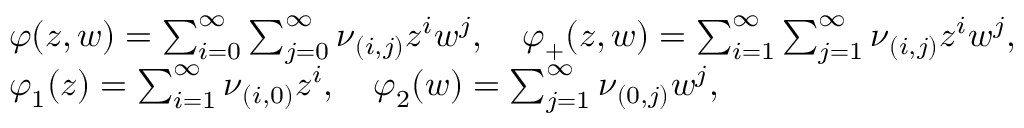
\begin{array} { r l } & { \boldsymbol { \varphi } ( z , w ) = \sum _ { i = 0 } ^ { \infty } \sum _ { j = 0 } ^ { \infty } \boldsymbol { \nu } _ { ( i , j ) } z ^ { i } w ^ { j } , \quad \boldsymbol { \varphi } _ { + } ( z , w ) = \sum _ { i = 1 } ^ { \infty } \sum _ { j = 1 } ^ { \infty } \boldsymbol { \nu } _ { ( i , j ) } z ^ { i } w ^ { j } , } \\ & { \boldsymbol { \varphi } _ { 1 } ( z ) = \sum _ { i = 1 } ^ { \infty } \boldsymbol { \nu } _ { ( i , 0 ) } z ^ { i } , \quad \boldsymbol { \varphi } _ { 2 } ( w ) = \sum _ { j = 1 } ^ { \infty } \boldsymbol { \nu } _ { ( 0 , j ) } w ^ { j } , } \end{array}